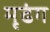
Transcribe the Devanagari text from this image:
मृढंग